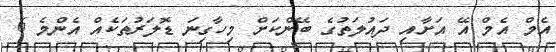
އެމް އެމް އޭ އަށާއި ދައުލަތުގެ ބޭންކަށް މިހާގިނަ ޑޮލަރުތަކެއް އެންމެ 6